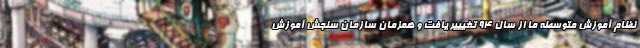
نظام آموزش متوسطه ما از سال ۹۴ تغیییر یافت و همزمان سازمان سنجش آموزش